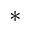
^ *